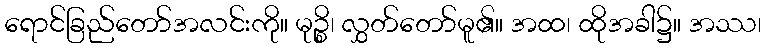
ရောင်ခြည်တော်အလင်းကို။ မုဉ္စိ၊ လွှတ်တော်မူ၏။ အထ၊ ထိုအခါ၌။ အဿ၊